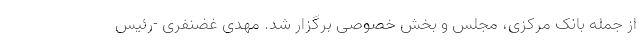
از جمله بانک مرکزی، مجلس و بخش خصوصی برگزار شد. مهدی غضنفری -رئیس